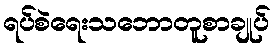
ရပ်စဲရေးသဘောတူစာချုပ်